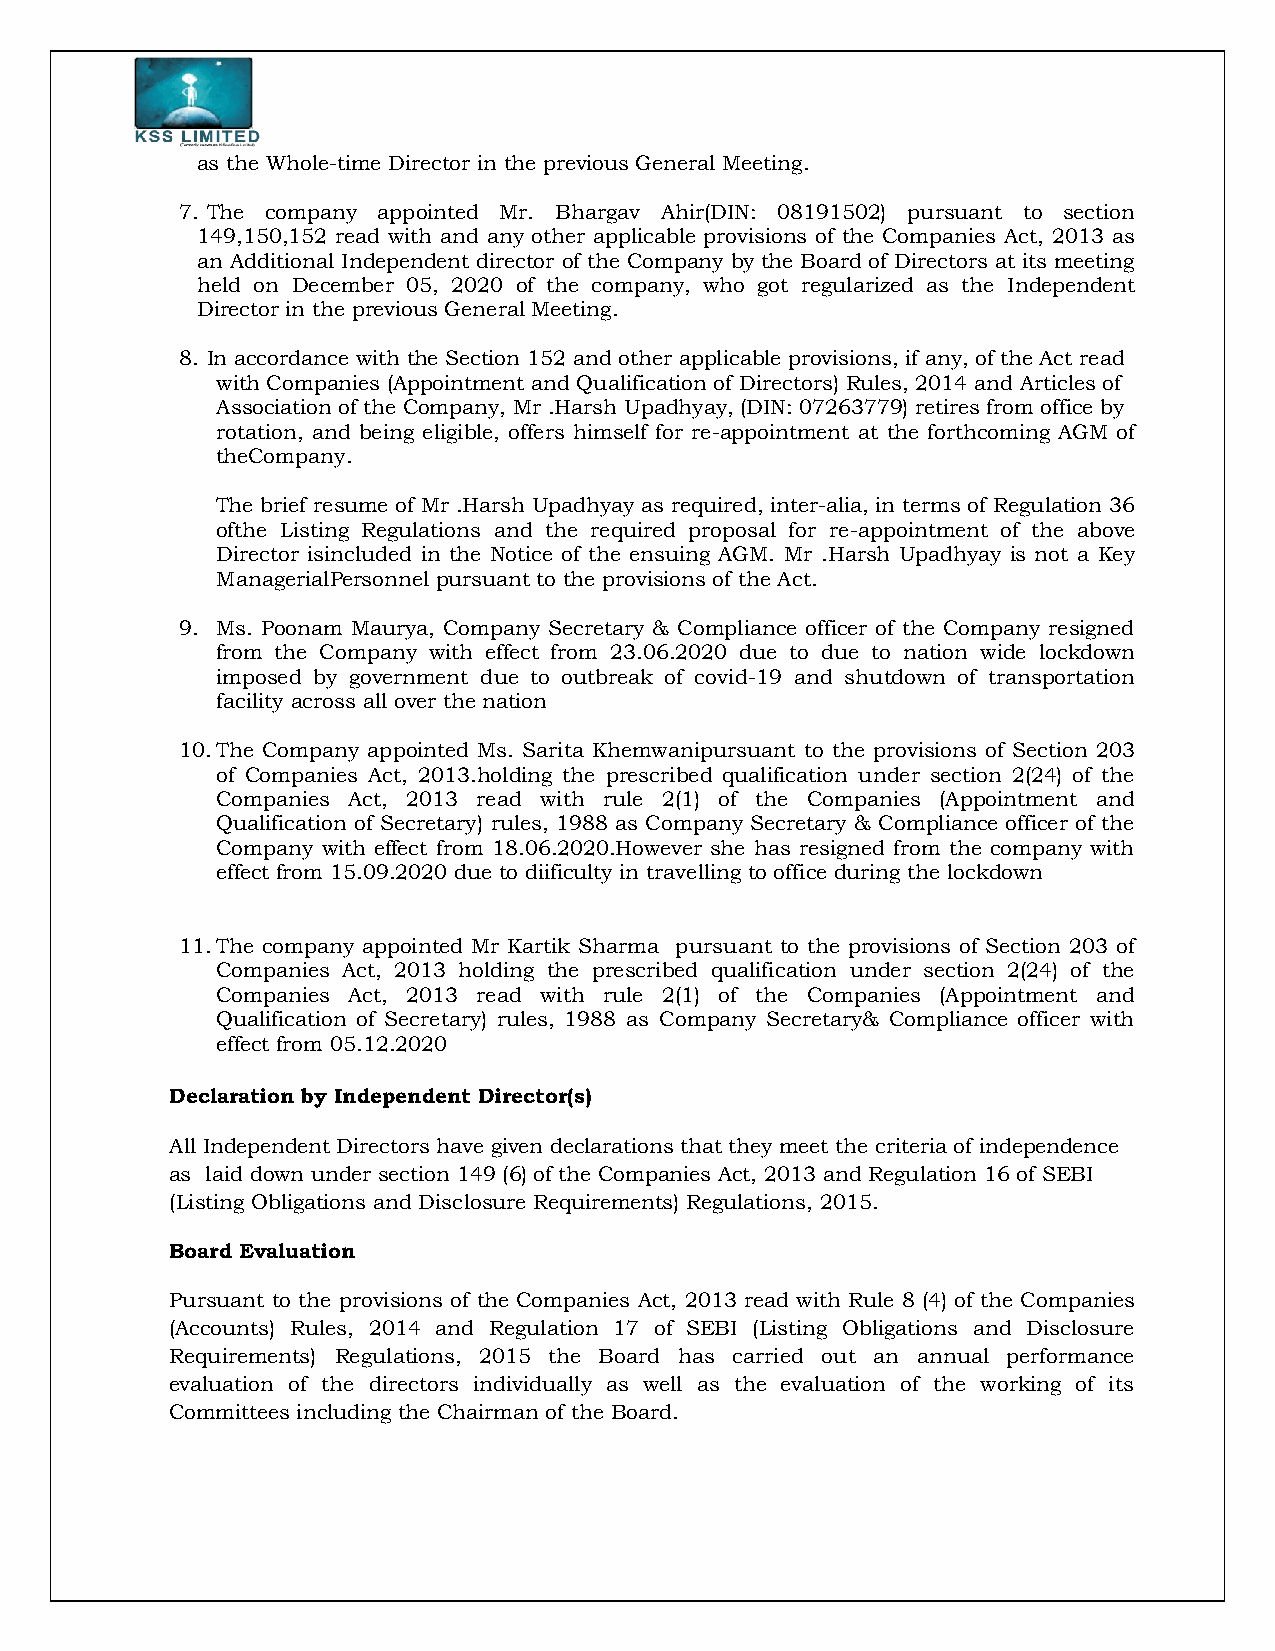
as the Whole-time Director in the previous General Meeting.
 7. The company appointed Mr. Bhargav Ahir(DIN: 08191502) pursuant to section
 149,150,152 read with and any other applicable provisions of the Companies Act, 2013 as
 an Additional Independent director of the Company by the Board of Directors at its meeting
 held on December 05, 2020 of the company, who got regularized as the Independent
 Director in the previous General Meeting.
 8. In accordance with the Section 152 and other applicable provisions, if any, of the Act read
 with Companies (Appointment and Qualification of Directors) Rules, 2014 and Articles of
 Association of the Company, Mr .Harsh Upadhyay, (DIN: 07263779) retires from office by
 rotation, and being eligible, offers himself for re-appointment at the forthcoming AGM of
 theCompany.
 The brief resume of Mr .Harsh Upadhyay as required, inter-alia, in terms of Regulation 36
 ofthe Listing Regulations and the required proposal for re-appointment of the above
 Director isincluded in the Notice of the ensuing AGM. Mr .Harsh Upadhyay is not a Key
 ManagerialPersonnel pursuant to the provisions of the Act.
 9. Ms. Poonam Maurya, Company Secretary & Compliance officer of the Company resigned
 from the Company with effect from 23.06.2020 due to due to nation wide lockdown
 imposed by government due to outbreak of covid-19 and shutdown of transportation
 facility across all over the nation
 10. The Company appointed Ms. Sarita Khemwanipursuant to the provisions of Section 203
 of Companies Act, 2013.holding the prescribed qualification under section 2(24) of the
 Companies Act, 2013 read with rule 2(1) of the Companies (Appointment and
 Qualification of Secretary) rules, 1988 as Company Secretary & Compliance officer of the
 Company with effect from 18.06.2020.However she has resigned from the company with
 effect from 15.09.2020 due to diificulty in travelling to office during the lockdown
 11. The company appointed Mr Kartik Sharma pursuant to the provisions of Section 203 of
 Companies Act, 2013 holding the prescribed qualification under section 2(24) of the
 Companies Act, 2013 read with rule 2(1) of the Companies (Appointment and
 Qualification of Secretary) rules, 1988 as Company Secretary& Compliance officer with
 effect from 05.12.2020
 Declaration by Independent Director(s)
 All Independent Directors have given declarations that they meet the criteria of independence
 as laid down under section 149 (6) of the Companies Act, 2013 and Regulation 16 of SEBI
 (Listing Obligations and Disclosure Requirements) Regulations, 2015.
 Board Evaluation
 Pursuant to the provisions of the Companies Act, 2013 read with Rule 8 (4) of the Companies
 (Accounts) Rules, 2014 and Regulation 17 of SEBI (Listing Obligations and Disclosure
 Requirements) Regulations, 2015 the Board has carried out an annual performance
 evaluation of the directors individually as well as the evaluation of the working of its
 Committees including the Chairman of the Board.